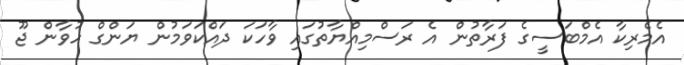
އެމެރިކާ އެމްބަސީގެ ފަރާތުން އެ ރަސްމިއްޔާތުގައި ވާހަކަ ދައްކަވަމުން ޔަންގް ހުވާން ޖޫ